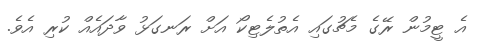
އެ ޓީމުން ރޭގެ މެޗުގައި އެތުލެޓިކޯ އަށް ރަނގަޅު ވާދައެއް ކުރި އެވެ.